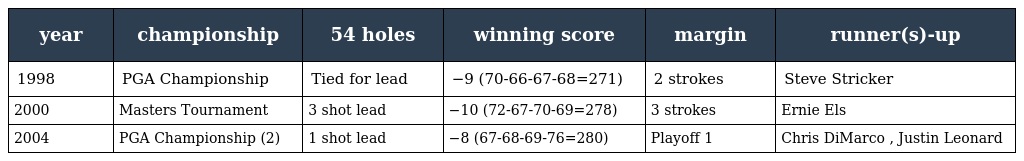
| year | championship | 54 holes | winning score | margin | runner(s)-up |
 | --- | --- | --- | --- | --- | --- |
 | 1998 | PGA Championship | Tied for lead | −9 (70-66-67-68=271) | 2 strokes | Steve Stricker |
 | 2000 | Masters Tournament | 3 shot lead | −10 (72-67-70-69=278) | 3 strokes | Ernie Els |
 | 2004 | PGA Championship (2) | 1 shot lead | −8 (67-68-69-76=280) | Playoff 1 | Chris DiMarco , Justin Leonard |